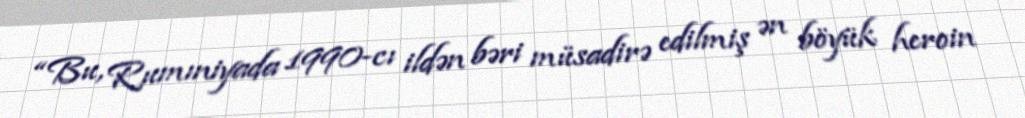
“Bu, Rumıniyada 1990-cı ildən bəri müsadirə edilmiş ən böyük heroin